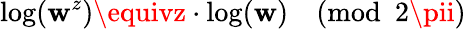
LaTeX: \log(\mathbf{w}^{z})\equivz\cdot\log(\mathbf{w}){\pmod{2\pii}}